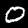
Label: 0